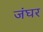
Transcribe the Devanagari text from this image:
जंघर